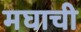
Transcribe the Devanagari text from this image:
मघाची